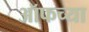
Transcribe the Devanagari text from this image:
ऑफच्या